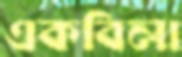
একবিলা